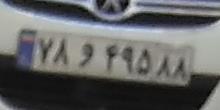
۷۸و۴۹۵۸۸